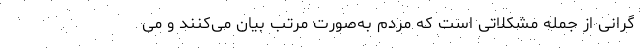
گرانی از جمله مشکلاتی است که مردم به‌صورت مرتب بیان می‌کنند و می‌